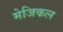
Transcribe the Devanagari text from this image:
मेजिकल